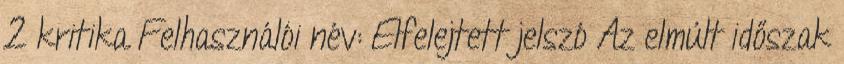
2 kritika Felhasználói név: Elfelejtett jelszó Az elmúlt időszak